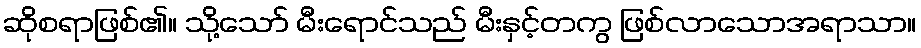
ဆိုစရာဖြစ်၏။ သို့သော် မီးရောင်သည် မီးနှင့်တကွ ဖြစ်လာသောအရာသာ။